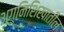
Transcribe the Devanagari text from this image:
अग्निशिखातील